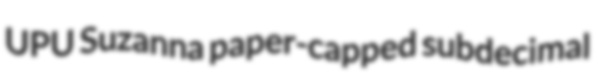
UPU Suzanna paper-capped subdecimal